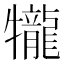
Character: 𤜆